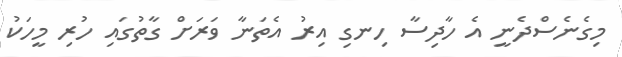
މިގެނެސްދެނީ އެ ހާދިސާ ހިނގި އިރު އެތަނާ ވަރަށް ގާތުގައި ހުރި މީހަކު